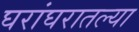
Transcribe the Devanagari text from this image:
घरांघरातल्या